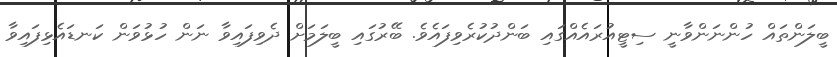
ބީލަންތައް ހުންނަންވާނީ ސިޓީއުރައެއްގައި ބަންދުކުރެވިފައެވެ. ބޭރުގައި ބީލަމަށް ދެވިފައިވާ ނަން ހުޅުވަން ކަނޑައެޅިފައިވާ